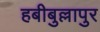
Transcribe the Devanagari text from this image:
हबीबुल्लापुर